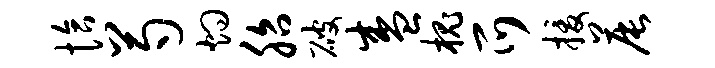
恰芍灼胎破盛槐爪援晨